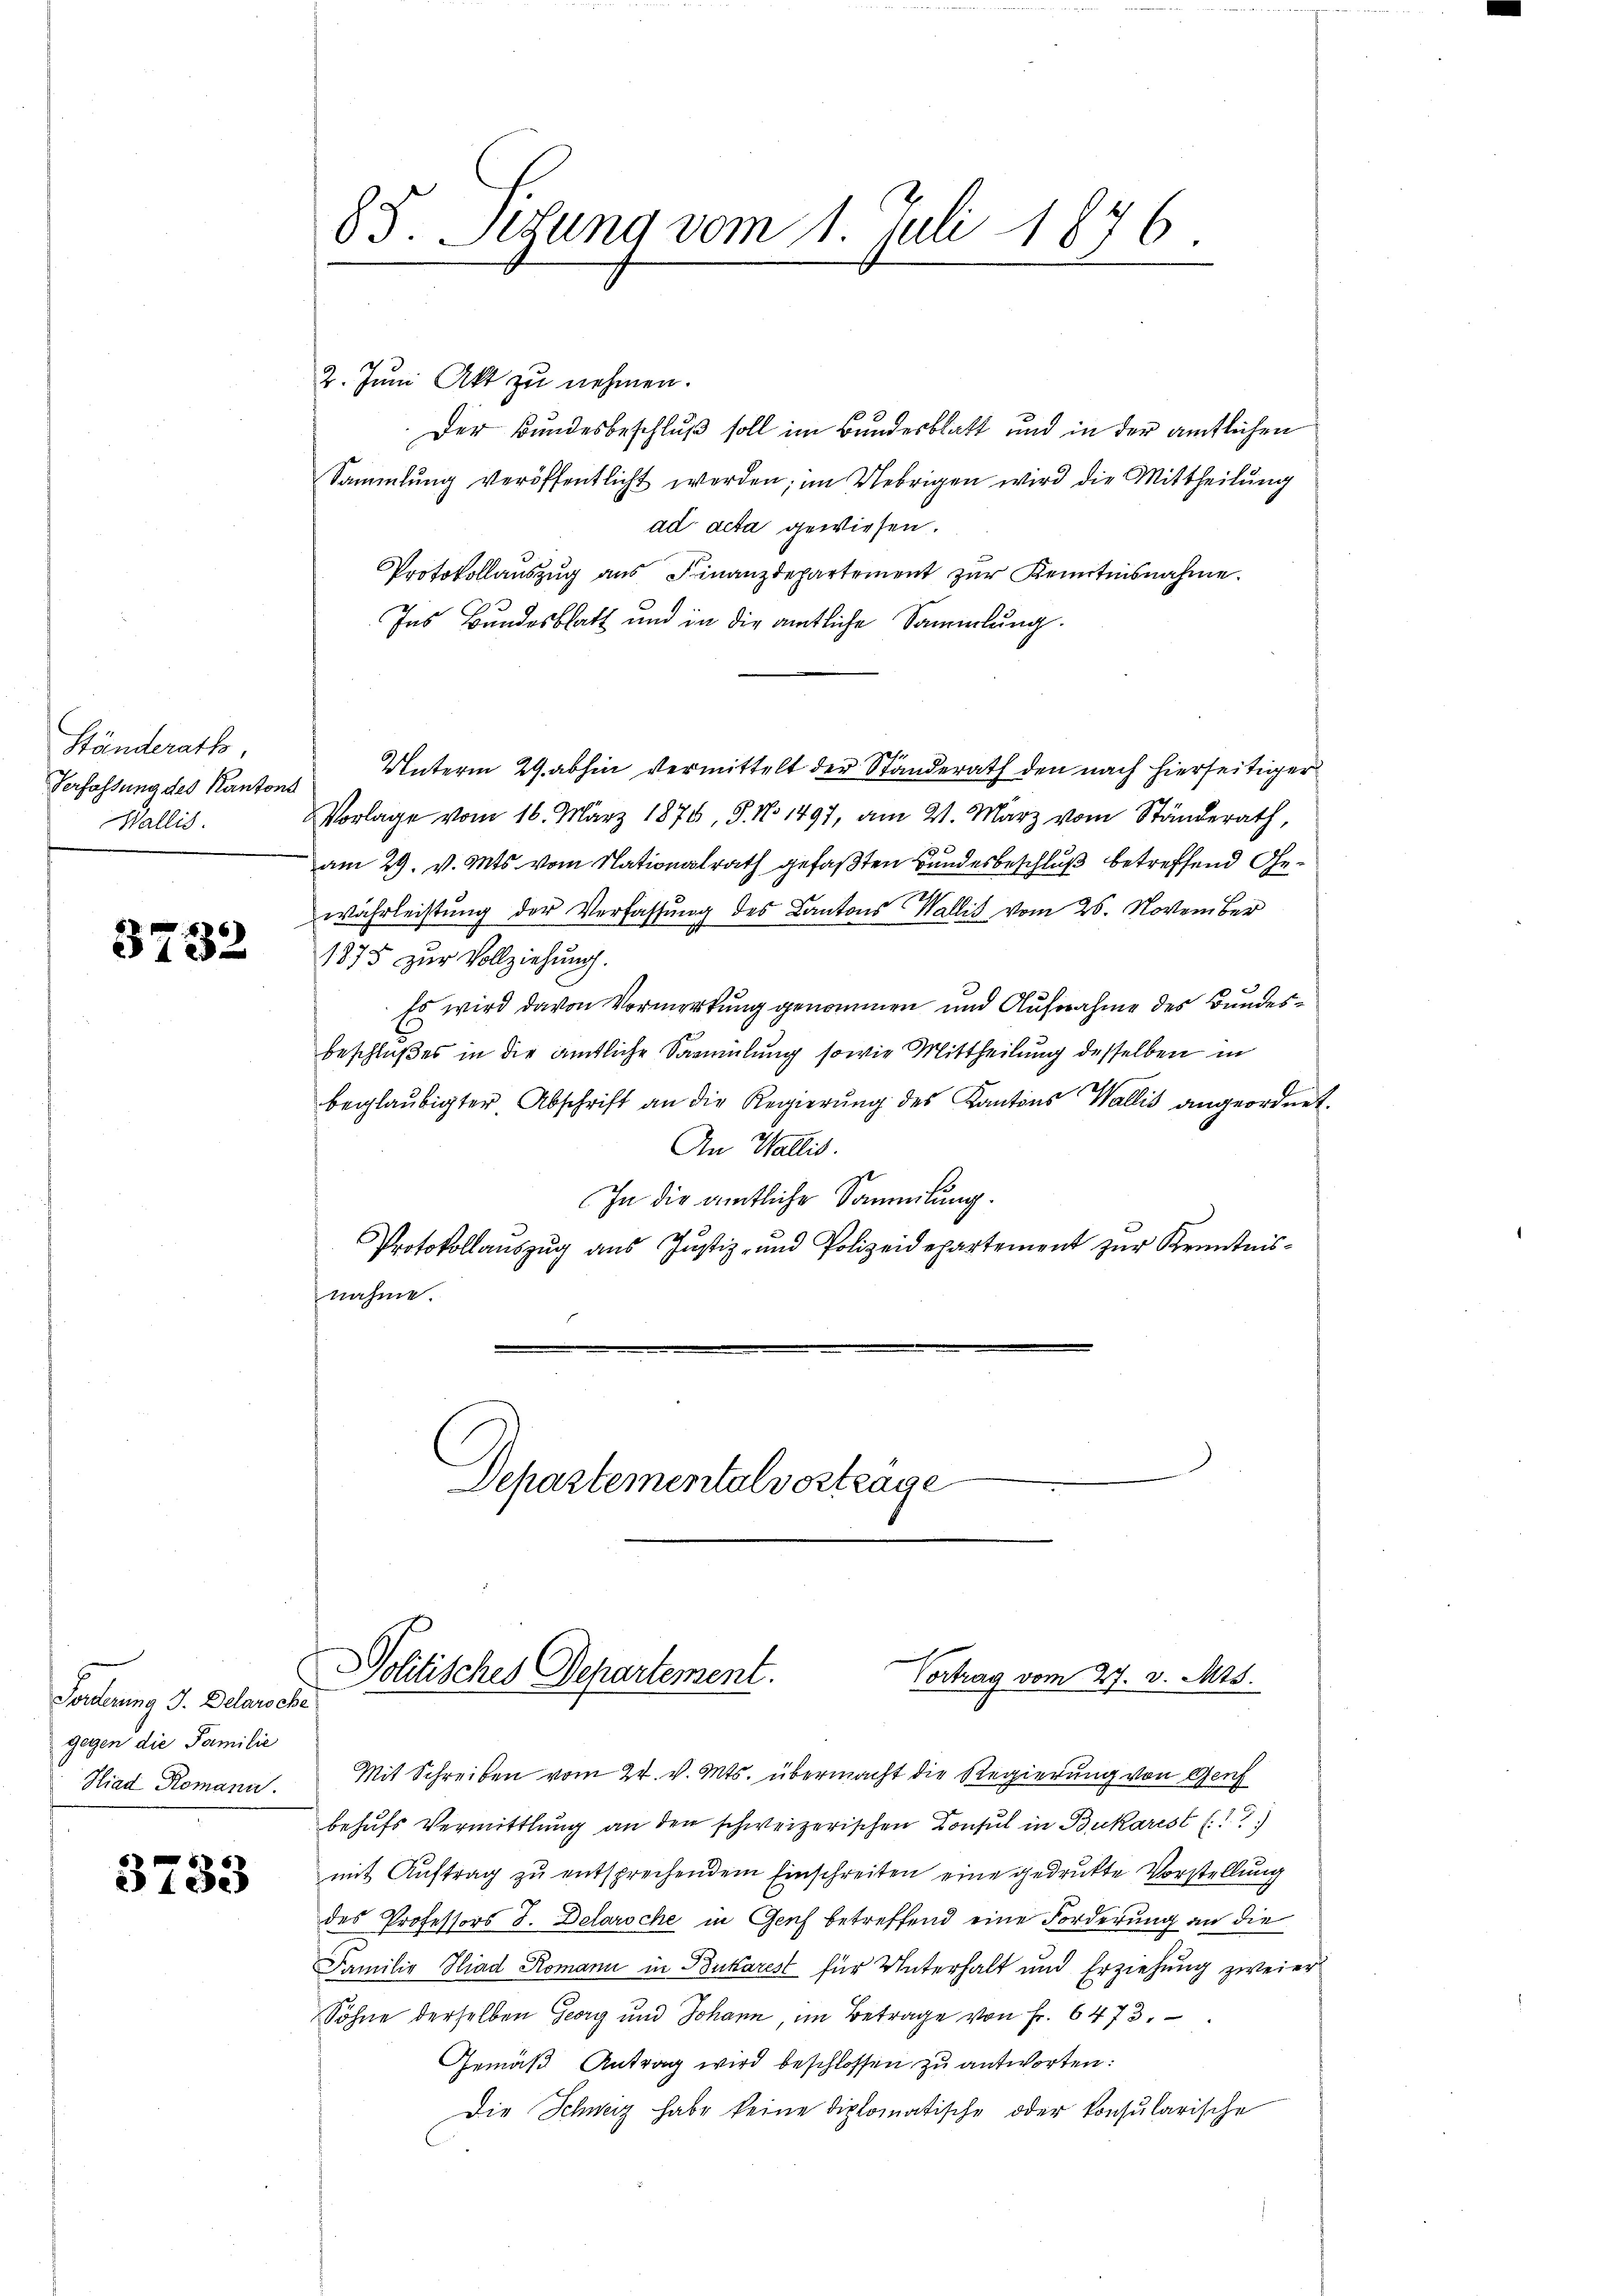
Ständeraths,
Verfassung des Kantons
Wallis.

3732

3
2. Juni Akt zu nehmen.
Der Bundesbeschluß soll im Bundesblatt und in der amtlichen
Sammlung veröffentlicht werden; im Uebrigen wird die Mittheilung
ad acta gewiesen.
Protokollauszug aus Finanzdepartement zur Kenntnisnahme.
Ins Bundesblatt und in die amtliche Sammlung.
i
Unterm 29. abhin vermittelt der Standerath den nach hierseitiger
Vorlage vom 16. März 1876, S. No 1497, am 21. März vom Ständerath,
am 29. v. Mts. vom Nationalrath gefaßten Bundesbeschluß betreffend Ge¬
2
währleistung der Verfassung des Cantons Wallis vom 25. November
1875 zur Vollziehung.
Es wird davon Vormerkung genommen und Aufnahme des Bundesbeschlußes in die amtliche Sammlung sowie Mittheilung desselben in
beglaŭbigter Abschrift an die Regierŭng des Kantons Wallis angeordnet.
An Wallis.
In die amtliche Sammlung.
9
Protokollauszug aus Justiz- und Polizeidepartement zur Kenntnisnahme.
Departementalvertrage

Forderung 3. Delaroche
gegen die Familie
Hiad Romann.

3733

85. Setzung vom 1. Juli 1876.

Mit Schreiben vom 24. v. Mts. übermacht die Regierung von Genf
behufs Vermittlung an den schweizerischen Consul in Bukarest (
mit Auftrag zu entsprechendem Einschreiten eine gedrukte Vorstellung
des Professors J. Delaroche in Genf betreffend eine Forderung an die
Familie Hiad Romann in Bukarest für Unterhalt und Erziehung zweier
Söhne derselben Georg und Johann, im Betrage von Fr. 6473.
Gemäß Antrag wird beschlossen zu antworten:
Die Schweiz habe keine diplomatische oder konsularische

Politisches Departement.
Vortrag vom 27. v. Mts.